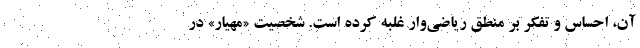
آن، احساس و تفکر بر منطق ریاضی‌وار غلبه کرده است. شخصیت «مهیار» در